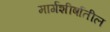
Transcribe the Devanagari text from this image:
मार्गशीर्षातील